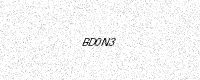
Text: BD0N3